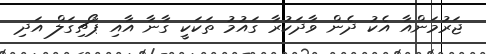
ޖަރުމަންއާ އެކު ދެން ވާދަކުރާ ގައުމު ތަކަކީ ގާނާ އާއި ޕޯޗިގަލް އަދި